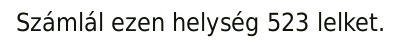
Számlál ezen helység 523 lelket.